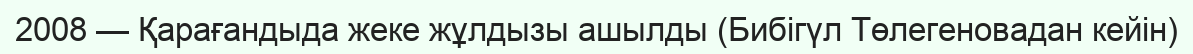
2008 — Қарағандыда жеке жұлдызы ашылды (Бибігүл Төлегеновадан кейін)